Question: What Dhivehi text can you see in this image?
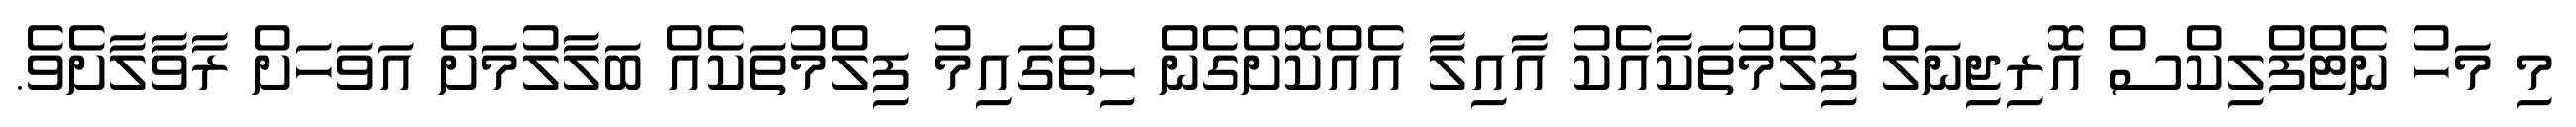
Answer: މި މަހު ނެޓްފްލިކްސް އޮރިޖިނަލް ފިލްމުތަކާއެކު އާއިލާ އެއްކޮށްގެން ހިތްގައިމު ފިލްމުތަކެއް ބަލާލުމަށް އަވަހަށް ރާވާލާށެވެ.